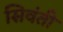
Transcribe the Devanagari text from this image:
सिवंती